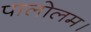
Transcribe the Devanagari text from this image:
पालोलम।